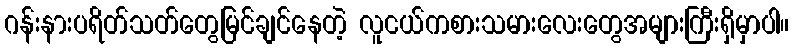
ဂန်းနားပရိတ်သတ်တွေမြင်ချင်နေတဲ့ လူငယ်ကစားသမားလေးတွေအများကြီးရှိမှာပါ။